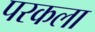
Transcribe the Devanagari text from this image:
परकला